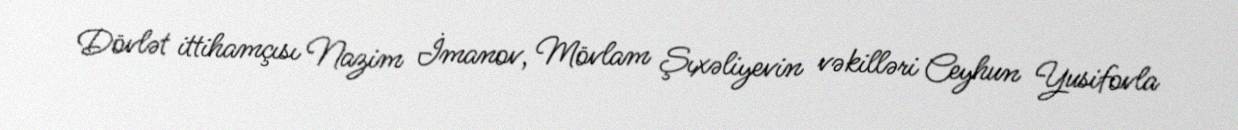
Dövlət ittihamçısı Nazim İmanov, Mövlam Şıxəliyevin vəkilləri Ceyhun Yusifovla